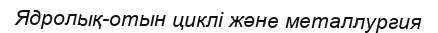
Ядролық-отын циклі және металлургия